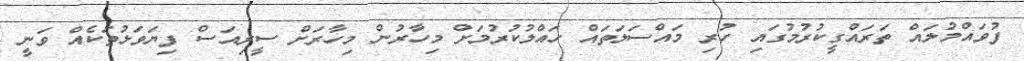
ފުވައްމުލައް ތަރައްގީކުރުމުގައި ހުރި މައްސަލަތައް ހައްލުކުރުމަށް މިހާރުން މިހާރަށް ސީރިއަސް ފިޔަވަޅުތަކެއް ވަނީ